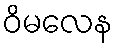
ဝိမလေန